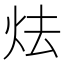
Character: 𪸘